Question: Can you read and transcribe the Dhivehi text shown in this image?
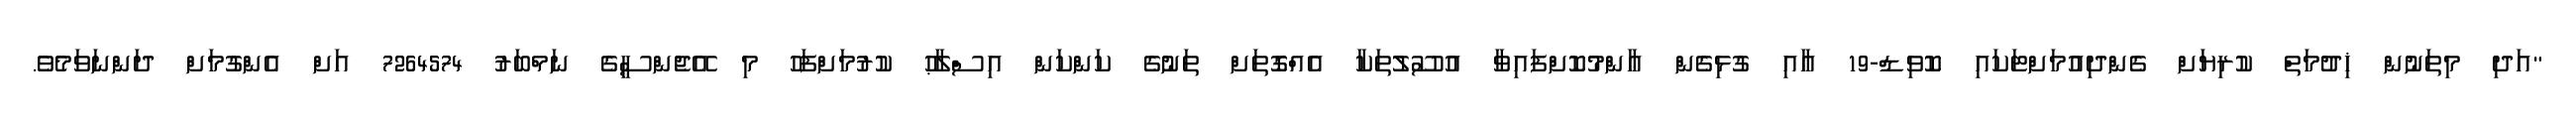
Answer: "އަދި މިތަނުން ޚިދުމަތް ކުރިޔަށް ގެންދިއުމަށްޓަކައި ކޮވިޑް-19 އާއި ގުޅިގެން ޢާންމުކޮށްފައިވާ އުސޫލުތަކާ އެއްގޮތަށް ތަނުގެ ކަންކަން އިސްލާޙު ކުރުމަށްފަހު މި އޭޖެންސީގެ ނަމްބަރު 7264574 އަށް އެންގުމަށް ދަންނަވަމެވެ.